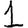
Digit: 1